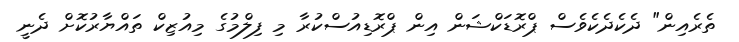
ތެރެއިން" ދެކެދެކެވެސް ޕްރޮޑަކްޝަން އިން ޕްރޮޑިއުސްކުރާ މި ފިލްމުގެ މިއުޒިކް ތައްޔާރުކޮށް ދެނީ